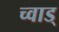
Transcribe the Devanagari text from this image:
च्वाड्